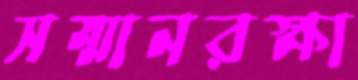
সম্মানরক্ষা